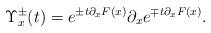
LaTeX: \begin{align*} \Upsilon^{\pm}_x(t) = e^{{\pm}t\partial_xF(x)} \partial_x e^{{\mp} t\partial_xF(x)}.\end{align*}